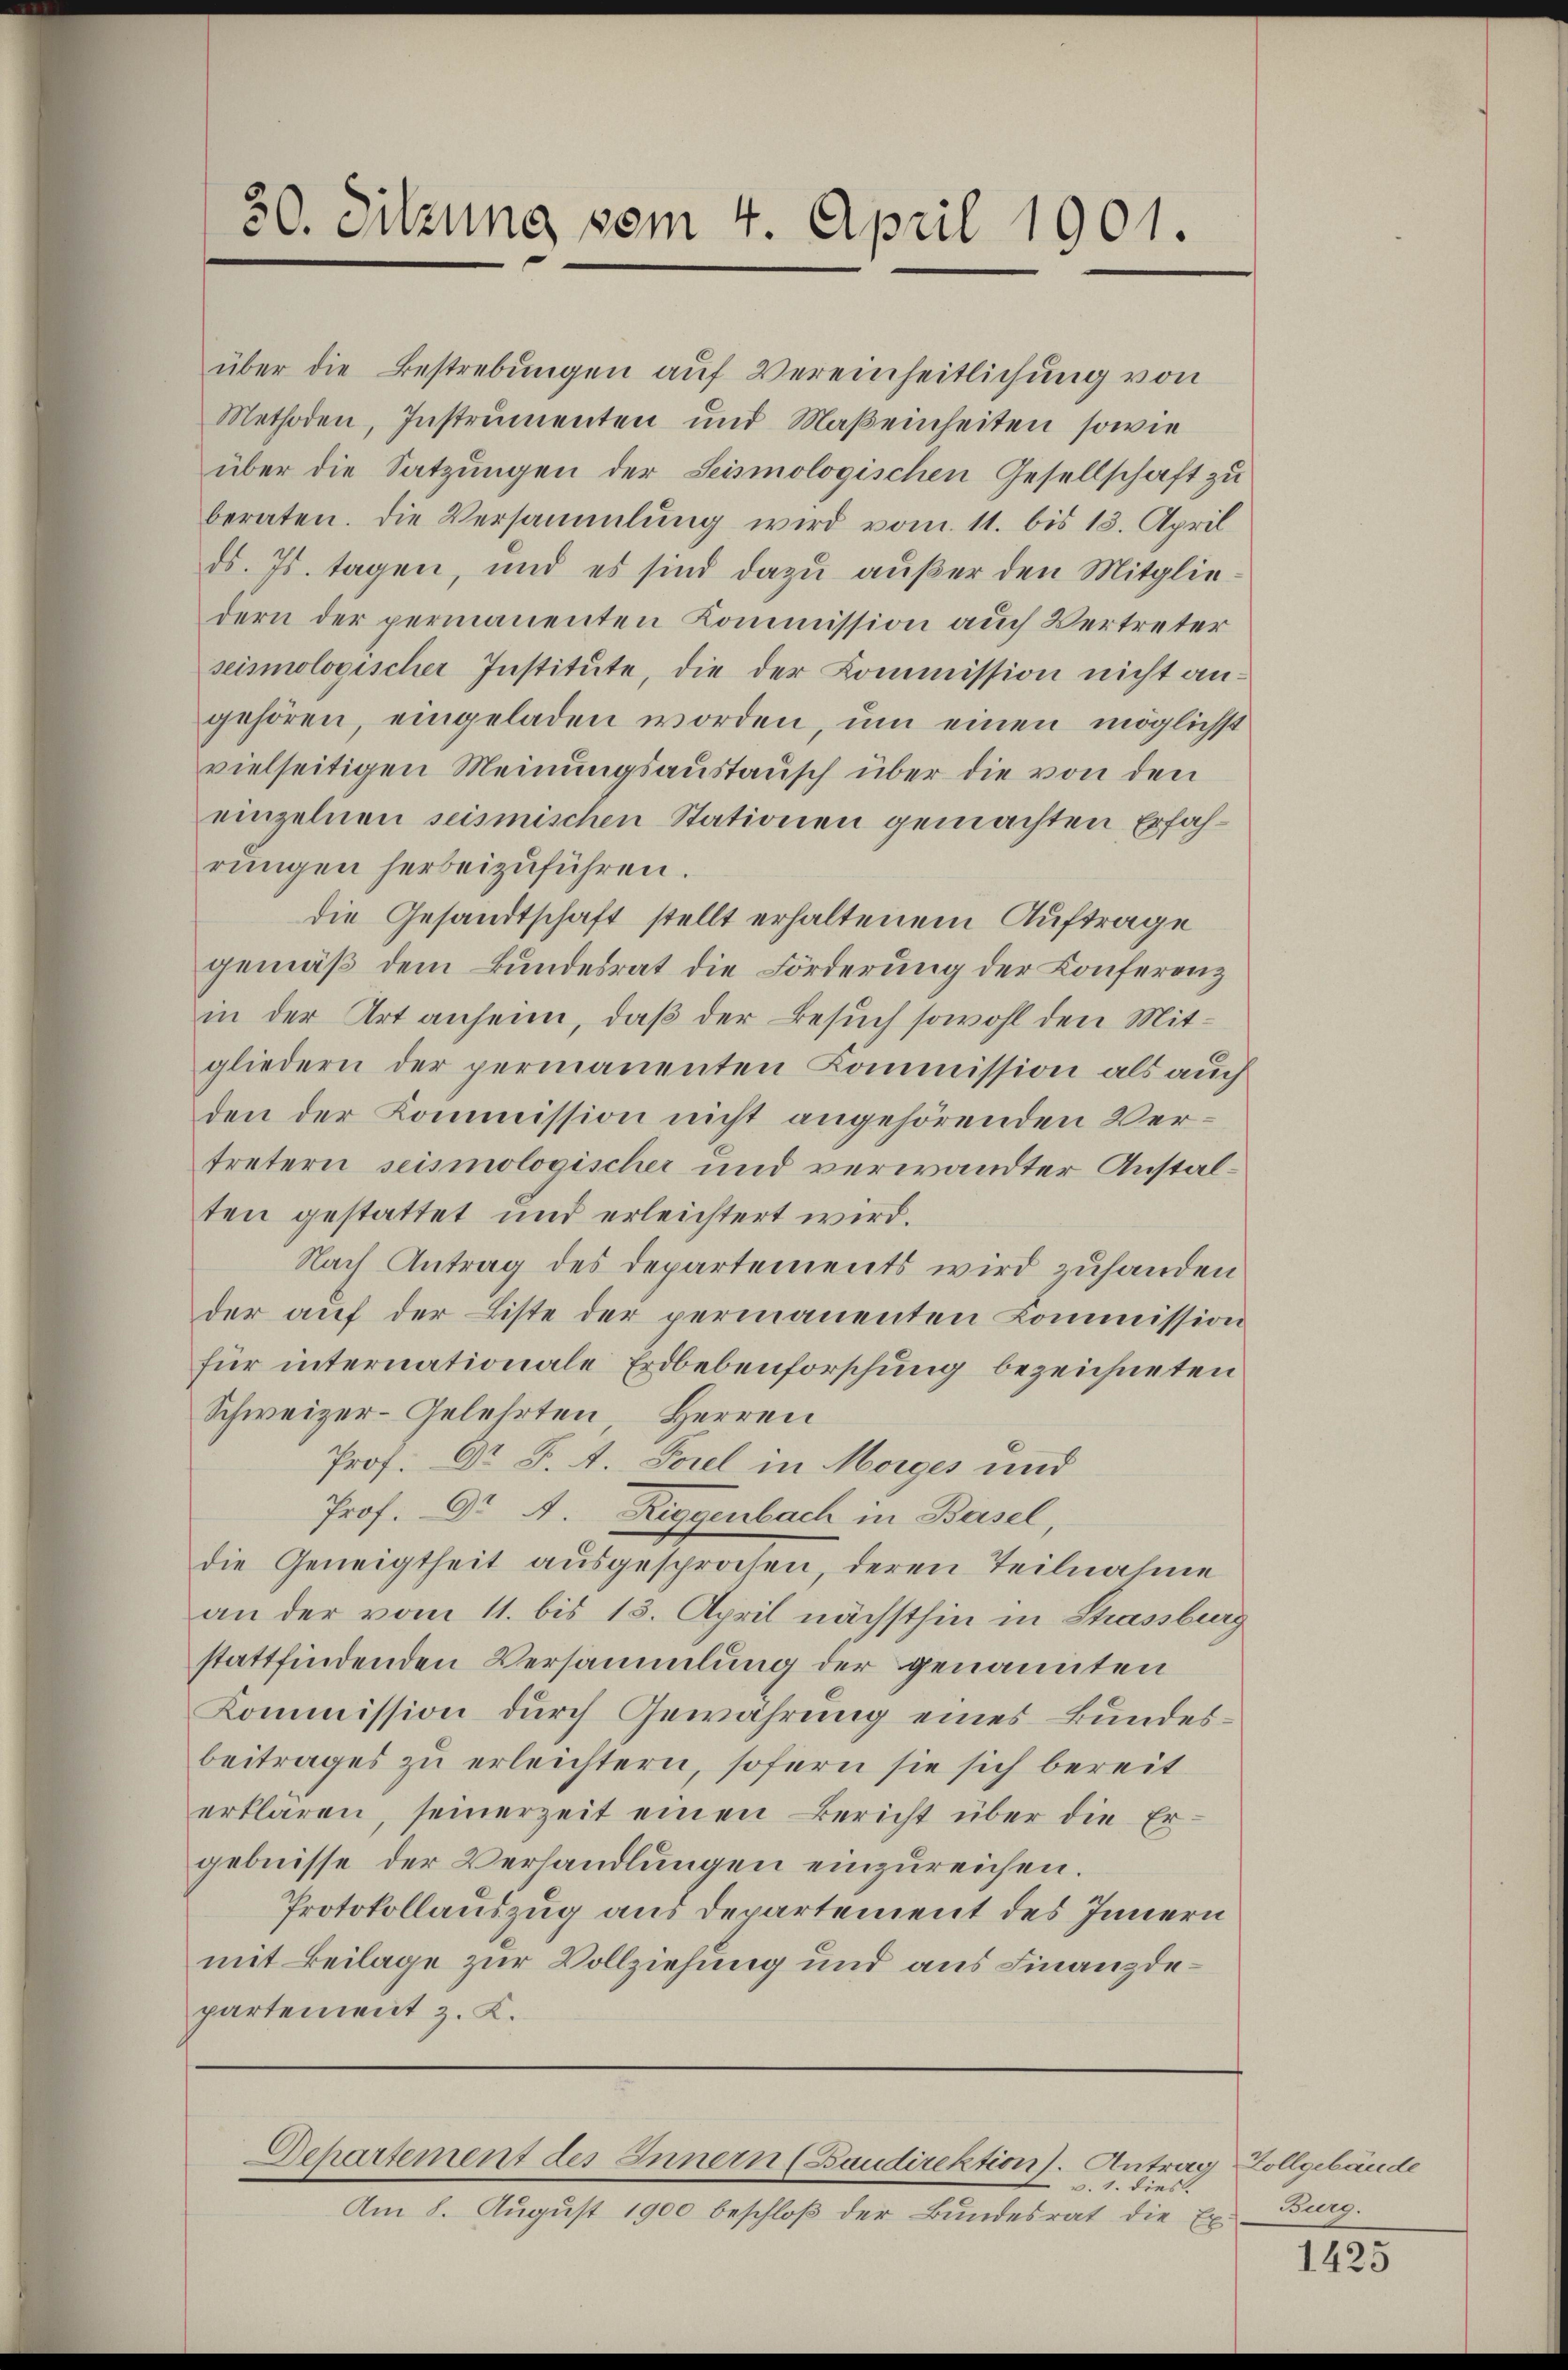
30. Sitzung vom 4. April 1901.

über die Bestrebungen auf Vereinheitlichung von
Methoden, Instrumenten und Maßeinheiten, sowie
über die Satzungen der Seismologischen Gesellschaft zu
beraten. Die Versammlung wird vom 11. bis 13. April
ds. 7. tagen, und es sind dazu außer den Mitgliedern der permanenten Kommission auch Vertreter
seismologischer Institute, die der Kommission nicht angehören, eingeladen worden, um einen möglichst
vielseitigen Meinungsaustausch über die von den
einzelnen seismischen Stationen gemachten Erfahrungen herbeizuführen.
die Gesandtschaft stellt erhaltenem Auftrage
gemäß dem Bundesrat die Förderung der Konferenz
in der Art anheim, daß der Besuch sowohl den Mitgliedern der permanenten Kommission als auch
den der Kommission nicht angehörenden Vertretern seismologischer und verwandter Anstalten gestattet und erleichtert wird.
Nach Antrag des Departements wird zuhanden
der auf der Liste der permanenten Commission
für internationale Erdbebenforschung bezeichneten
Schweizer-Gelehrten Herren
Prof. Dr. S. A. Forel in Morges und
Prof. Dr A. Riggenbach in Basel
die Geneigtheit ausgesprochen, deren Teilnahme
an der vom 11. bis 13. April nächsthin in Shassburg
stattfindenden Versammlung der genannten
Kommission durch Gewährung eines Bundesbeitrages zu erleichtern, sofern sie sich bereit
erklären, seinerzeit einen Bericht über die Er-
gebnisse der Verhandlungen einzureichen.
Protokollauszug aus Departement des Innern
mit Beilage zur Vollziehung und aus Finanzdepartement z. K.

Departement des Innern (Baudirektions. Antrag Zollgebäude
 v. 1. dies

Am 8. August 1900 beschloß der Bundesrat die Ex

Burg.

1425